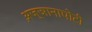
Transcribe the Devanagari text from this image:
अ़ज्ञानापोटी